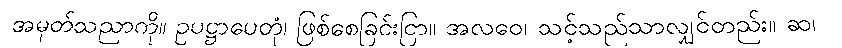
အမှတ်သညာကို။ ဥပဋ္ဌာပေတုံ၊ ဖြစ်စေခြင်းငြာ။ အလဝေ၊ သင့်သည်သာလျှင်တည်း။ ဆ၊